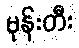
မုန်းတီး